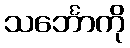
သင်္ဘောကို